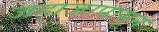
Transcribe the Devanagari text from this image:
जहाजापासून